Vaccination report Assam 1896-1927 - 1896-1927
Year: 1896
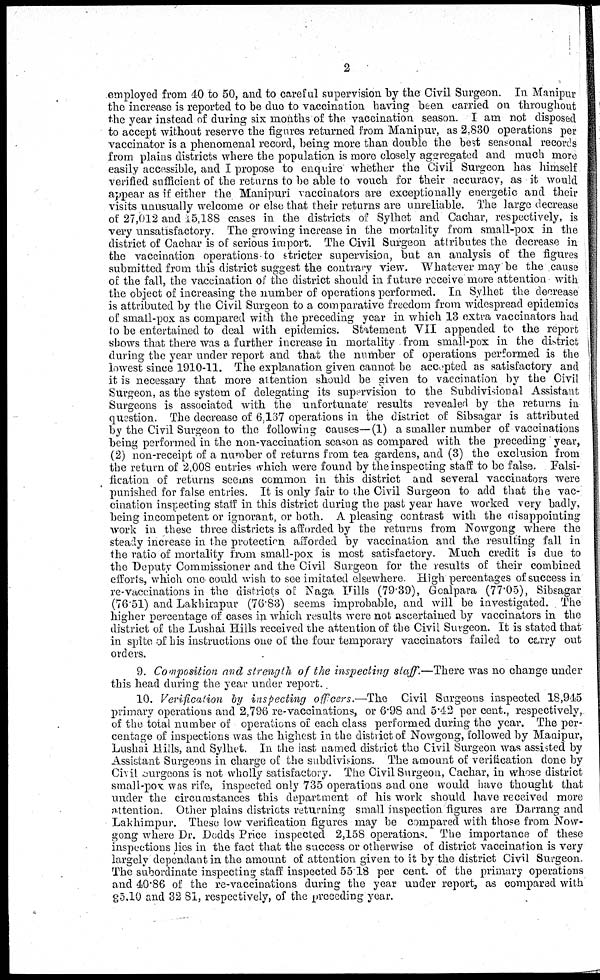
2
employed from 40 to 50, and to careful supervision by the Civil Surgeon. In Manipur
the increase is reported to be due to vaccination having been carried on throughout
the year instead of during six months of the vaccination season. I am not disposed
to accept without reserve the figures returned from Manipur, as 2,830 operations per
vaccinator is a phenomenal record, being more than double the best seasonal records
from plains districts where the population is more closely aggregated and much more
easily accessible, and I propose to enquire whether the Civil Surgeon has himself
verified sufficient of the returns to be able to vouch for their accuracy, as it would
appear as if either the Manipuri vaccinators are exceptionally energetic and their
visits unusually welcome or else that their returns are unreliable. The large decrease
of 27,012 and 15,188 cases in the districts of Sylhet and Cachar, respectively, is
very unsatisfactory. The growing increase in the mortality from small-pox in the
district of Cachar is of serious import. The Civil Surgeon attributes the decrease in
the vaccination operations to stricter supervision, but an analysis of the figures
submitted from this district suggest the contrary view. Whatever may be the cause
of the fall, the vaccination of the district should in future receive more attention with
the object of increasing the number of operations performed. In Sylhet the decrease
is attributed by the Civil Surgeon to a comparative freedom from widespread epidemics
of small-pox as compared with the preceding year in which 13 extra vaccinators had
to be entertained to deal with epidemics. Statement VII appended to the report
shows that there was a further increase in mortality from small-pox in the district
during the year under report and that the number of operations performed is the
lowest since 1910-11. The explanation given cannot be accepted as satisfactory and
it is necessary that more attention should be given to vaccination by the Civil
Surgeon, as the system of delegating its supervision to the Subdivisional Assistant
Surgeons is associated with the unfortunate results revealed by the returns in
question. The decrease of 6,137 operations in the district of Sibsagar is attributed
by the Civil Surgeon to the following causes—(1) a smaller number of vaccinations
being performed in the non-vaccination season as compared with the preceding year,
(2) non-receipt of a number of returns from tea gardens, and (3) the exclusion from
the return of 2,008 entries which were found by the inspecting staff to be false. Falsi-
fication of returns seems common in this district and several vaccinators were
punished for false entries. It is only fair to the Civil Surgeon to add that the vac-
cination inspecting staff in this district during the past year have worked very badly,
being incompetent or ignorant, or both. A pleasing contrast with the disappointing
work in these three districts is afforded by the returns from Nowgong where the
steady increase in the protection afforded by vaccination and the resulting fall in
the ratio of mortality from small-pox is most satisfactory. Much credit is due to
the Deputy Commissioner and the Civil Surgeon for the results of their combined
efforts, which one could wish to see imitated elsewhere High percentages of success in
re-vaccinations in the districts of Naga Hills (79.39), Goalpara (77.05), Sibsagar
(76.51) and Lakhimpur (76.83) seems improbable, and will be investigated. The
higher percentage of cases in which results were not ascertained by vaccinators in the
district of the Lushai Hills received the attention of the Civil Surgeon. It is stated that
in spite of his instructions one of the four temporary vaccinators failed to carry out
orders.
9. Composition and strength of the inspecting staff.—There was no change under
this head during the year under report.
10. Verification by inspecting offcers.—The
Civil Surgeons inspected 18,945
primary operations and 2,796 re-vaccinations, or 6.98 and 5.42 per cent., respectively,
of the total number of operations of each class performed during the year. The per-
centage of inspections was the highest in the district of Nowgong, followed by Manipur,
Lushai Hills, and Sylhet. In the last named district the Civil Surgeon was assisted by
Assistant Surgeons in charge of the subdivisions. The amount of verification done by
Civil surgeons is not wholly satisfactory. The Civil Surgeon, Cachar, in whose district
small-pox was rife, inspected only 735 operations and one would have thought that
under the circumstances this department of his work should have received more
attention. Other plains districts returning small inspection figures are Darrang and
Lakhimpur. These low verification figures may be compared with those from Now-
gong where Dr. Dodds Price inspected 2,158 operations. The importance of these
inspections lies in the fact that the success or otherwise of district vaccination is very
largely dependant in the amount of attention given to it by the district Civil Surgeon.
The subordinate inspecting staff inspected 55.18 per cent. of the primary operations
and 40.86 of the re-vaccinations during the year under report, as compared with
35.10 and 32.81, respectively, of the preceding year.